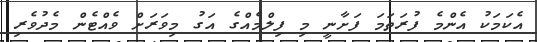
އެކަމަކު އެންމެ ފުރަތަމަ ފަށާނީ މި ފިލްމެއްގެ އަގު މިވަރަށް ވެއްޓެން މެދުވެރި